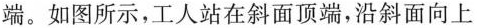
端。如图所示，工人站在斜面顶端，沿斜面向上